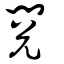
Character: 閱